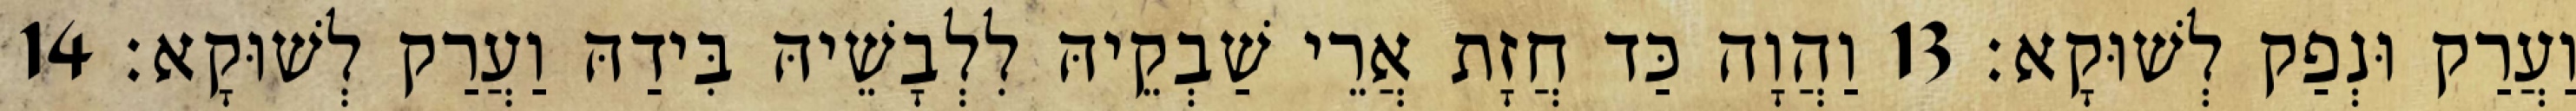
וַעֲרַק וּנְפַק לְשׁוּקָא׃ 13 וַהֲוָה כַּד חֲזָת אֲרֵי שַׁבְקֵיהּ לִלְבָשֵׁיהּ בִּידַהּ וַעֲרַק לְשׁוּקָא׃ 14